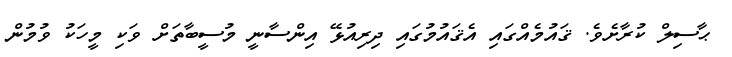
ޙާސިލް ކުރާށެވެ. ޤައުމެއްގައި އެޤައުމުގައި ދިރިއުޅޭ އިންސާނީ މުސީބާތަށް ވަކި މީހަކު ވުމުން